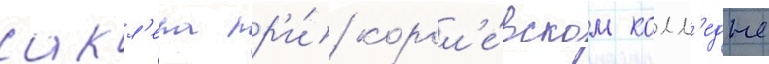
сакл'ера пр'и́ корол'е́вском колл'едже